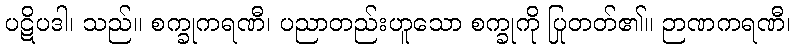
ပဋိပဒါ၊ သည်။ စက္ခုကရဏီ၊ ပညာတည်းဟူသော စက္ခုကို ပြုတတ်၏။ ဉာဏကရဏီ၊